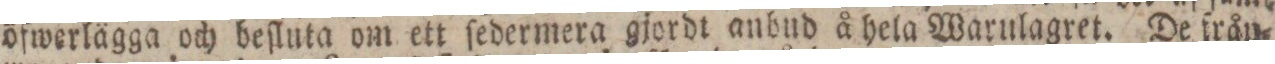
öfwerlägga och beſluta om ett ſedermera gjordt anbud å hela Warulagret. De från=